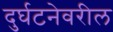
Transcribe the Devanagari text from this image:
दुर्घटनेवरील